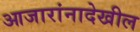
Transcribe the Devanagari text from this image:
आजारांनादेखील